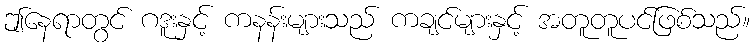
ဤနေရာတွင် ဂဒူးနှင့် ကနန်းများသည် ကချင်များနှင့် အတူတူပင်ဖြစ်သည်။